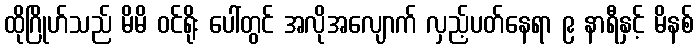
ထိုဂြိုဟ်သည် မိမိ ဝင်ရိုး ပေါ်တွင် အလိုအလျောက် လှည့်ပတ်နေရာ ၉ နာရီနှင့် မိနစ်